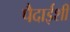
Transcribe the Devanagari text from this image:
पैदाईशी